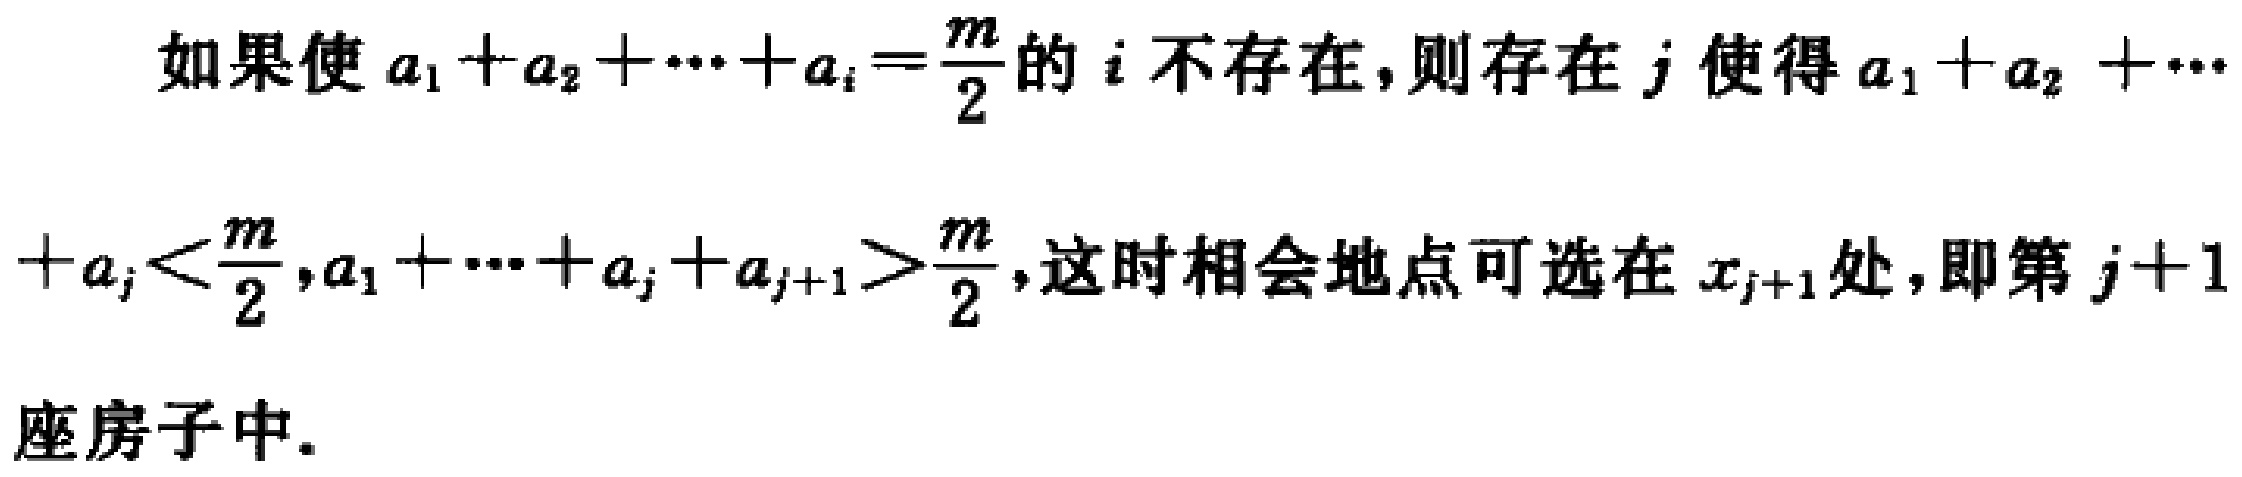
如果使 \(a_{1}+a_{2}+\cdots +a_{i}=\frac{m}{2}\) 的 \(i\) 不存在，则存在 \(j\) 使得 \(a_{1}+a_{2}+\cdots\) \(+a_{j}<\frac{m}{2},a_{1}+\cdots +a_{j}+a_{j + 1}>\frac{m}{2}\)，这时相会地点可选在 \(x_{j + 1}\) 处，即第 \(j + 1\) 座房子中.